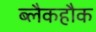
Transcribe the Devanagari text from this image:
ब्लैकहौक